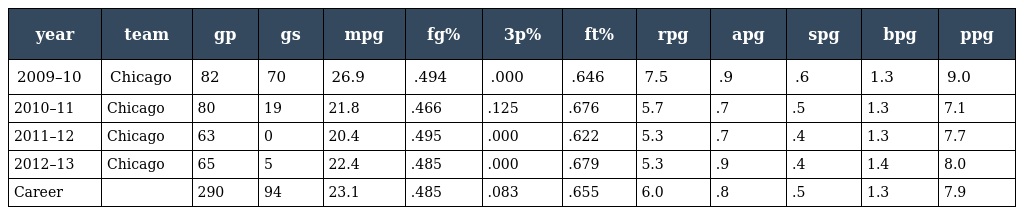
| year | team | gp | gs | mpg | fg% | 3p% | ft% | rpg | apg | spg | bpg | ppg |
 | --- | --- | --- | --- | --- | --- | --- | --- | --- | --- | --- | --- | --- |
 | 2009–10 | Chicago | 82 | 70 | 26.9 | .494 | .000 | .646 | 7.5 | .9 | .6 | 1.3 | 9.0 |
 | 2010–11 | Chicago | 80 | 19 | 21.8 | .466 | .125 | .676 | 5.7 | .7 | .5 | 1.3 | 7.1 |
 | 2011–12 | Chicago | 63 | 0 | 20.4 | .495 | .000 | .622 | 5.3 | .7 | .4 | 1.3 | 7.7 |
 | 2012–13 | Chicago | 65 | 5 | 22.4 | .485 | .000 | .679 | 5.3 | .9 | .4 | 1.4 | 8.0 |
 | Career |  | 290 | 94 | 23.1 | .485 | .083 | .655 | 6.0 | .8 | .5 | 1.3 | 7.9 |